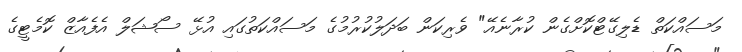
މަސައްކަތް ޑެލިގޭޓްކޮށްގެން ކުރާނެއޭ" ވެރިކަން ބަދަލުކުރުމުގެ މަސައްކަތުގައި އުޅޭ ސޯޝަލް އެފެއާޒް ކޮމެޓީގެ